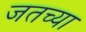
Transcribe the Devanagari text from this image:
जतच्या